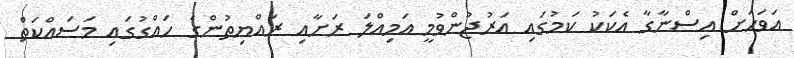
އަވަހަށް އިސްނާގާ އެކަކު ކަމުގައި އަރުޖުންވުމީ އަމިއްލަ ރަށާއި ރައްޔިތުންގެ ހައްގުގައި މަސައްކަތް